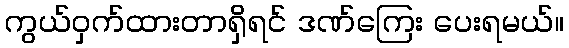
ကွယ်ဝှက်ထားတာရှိရင် ဒဏ်ကြေး ပေးရမယ်။